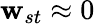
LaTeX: \mathbf{w}_{st}\approx0